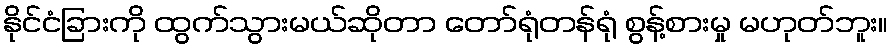
နိုင်ငံခြားကို ထွက်သွားမယ်ဆိုတာ တော်ရုံတန်ရုံ စွန့်စားမှု မဟုတ်ဘူး။